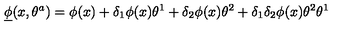
{ \underline { \phi } } ( x , \theta ^ { a } ) = \phi ( x ) + \delta _ { 1 } \phi ( x ) \theta ^ { 1 } + \delta _ { 2 } \phi ( x ) \theta ^ { 2 } + \delta _ { 1 } \delta _ { 2 } \phi ( x ) \theta ^ { 2 } \theta ^ { 1 }